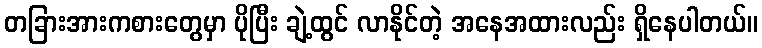
တခြားအားကစားတွေမှာ ပိုပြီး ချဲ့ထွင် လာနိုင်တဲ့ အနေအထားလည်း ရှိနေပါတယ်။